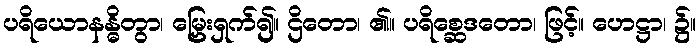
ပရိယောနန္ဓိတွာ၊ မြှေးရှက်၍။ ဌိတော၊ ၏။ ပရိစ္ဆေဒတော၊ ဖြင့်။ ဟေဋ္ဌာ၊ ၌။